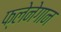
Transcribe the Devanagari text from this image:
फ्लेनेगान